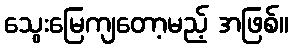
သွေးမြေကျတော့မည့် အဖြစ်။